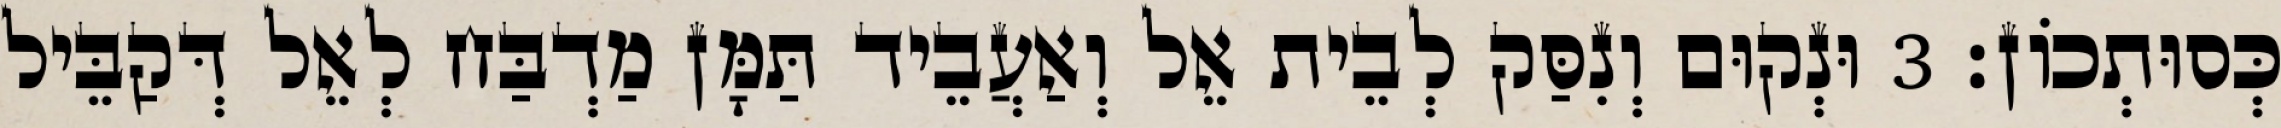
כְּסוּתְכוֹן׃ 3 וּנְקוּם וְנִסַּק לְבֵית אֵל וְאַעֲבֵיד תַּמָּן מַדְבַּח לְאֵל דְּקַבֵּיל